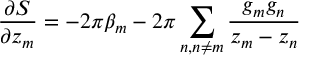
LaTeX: \frac { \partial S } { \partial z _ { m } } = - 2 \pi \beta _ { m } - 2 \pi \sum _ { n , n \neq m } \frac { g _ { m } g _ { n } } { z _ { m } - z _ { n } }